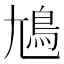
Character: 𡰎